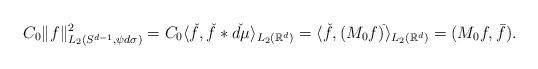
LaTeX: \begin{align*} C_0\|f\|_{L_2(S^{d-1},\psi d\sigma)}^2 =C_0\langle \check{f}, \check{f}*\check{d\mu}\rangle_{L_2(\mathbb{R}^d)}=\langle\check{f}, (M_0f)^{\check{}} \rangle_{L_2(\mathbb{R}^d)}=(M_0f,\bar{f}).\end{align*}